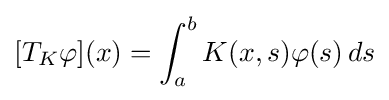
[T_{K}\varphi ](x)=\int _{a}^{b}K(x,s)\varphi (s)\,ds